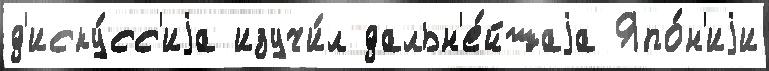
д'иску́сс'иjа изучи́л дальн'е́йшаjа Япо́н'иjи